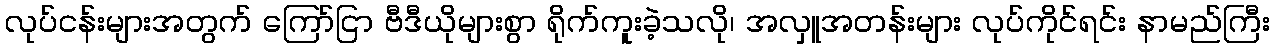
လုပ်ငန်းများအတွက် ကြော်ငြာ ဗီဒီယိုများစွာ ရိုက်ကူးခဲ့သလို၊ အလှူအတန်းများ လုပ်ကိုင်ရင်း နာမည်ကြီး